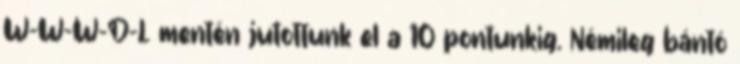
W-W-W-D-L mentén jutottunk el a 10 pontunkig. Némileg bántó